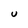
Character: U